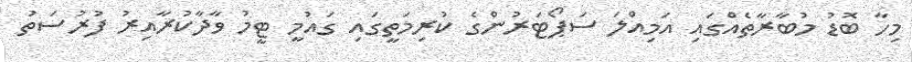
މިހާ ބޮޑު މުބާރާތެއްގައި އަމިއްލަ ސަޕޯޓަރުންގެ ކުރިމަތީގައި ގައުމީ ޓީމު ވާދާކުރާއިރު ފުރުސަތު